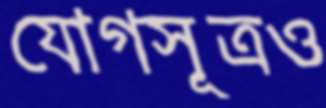
যোগসূত্রও